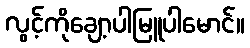
လွင့်ကိုချော့ပါမြူပါမောင်။